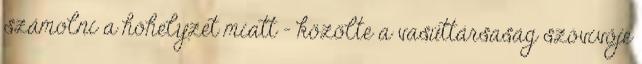
számolni a hóhelyzet miatt – közölte a vasúttársaság szóvivője